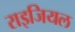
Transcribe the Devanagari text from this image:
राइजियल